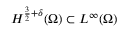
H ^ { \frac { 3 } { 2 } + \delta } ( \Omega ) \subset L ^ { \infty } ( \Omega )